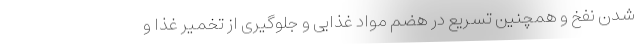
شدن نفخ و همچنین تسریع در هضم مواد غذایی و جلوگیری از تخمیر غذا و